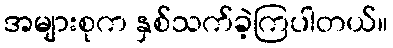
အများစုက နှစ်သက်ခဲ့ကြပါတယ်။